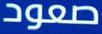
صعود